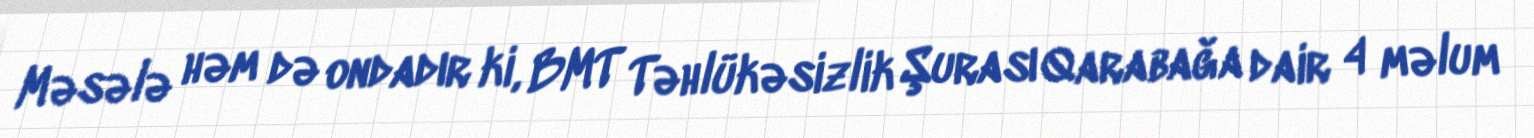
Məsələ həm də ondadır ki, BMT Təhlükəsizlik Şurası Qarabağa dair 4 məlum